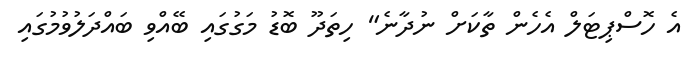
އެ ހޮސްޕިޓަލް އެހެން ތާކަށް ނުދާނެ" ހިތަދޫ ބޮޑު މަގުގައި ބޭއްވި ބައްދަލުވުމުގައި